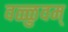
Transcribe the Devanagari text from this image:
वळ्ळुवम्